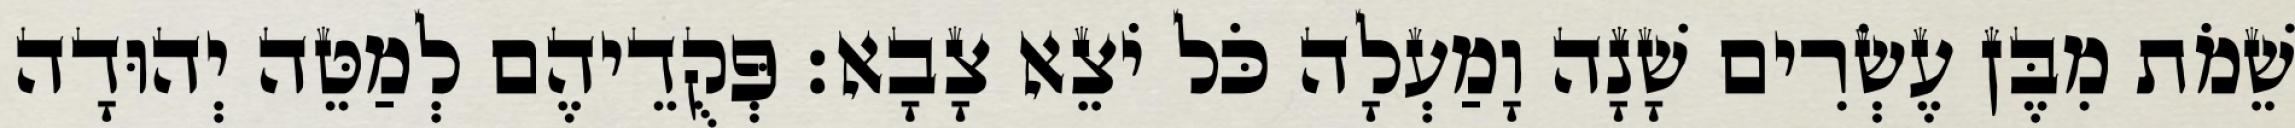
שֵׁמֹת מִבֶּן עֶשְׂרִים שָׁנָה וָמַעְלָה כֹּל יֹצֵא צָבָא׃ פְּקֻדֵיהֶם לְמַטֵּה יְהוּדָה